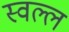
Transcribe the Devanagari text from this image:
स्वल्ल